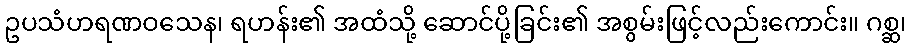
ဥပသံဟရဏဝသေန၊ ရဟန်း၏ အထံသို့ ဆောင်ပို့ခြင်း၏ အစွမ်းဖြင့်လည်းကောင်း။ ဂစ္ဆ၊